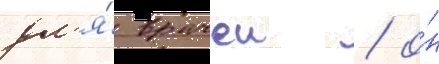
дл'я́ врачеи / о́н